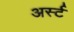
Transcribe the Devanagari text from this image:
अर्स्ट